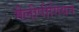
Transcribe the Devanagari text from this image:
मैलीपीगियन